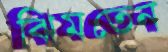
ঝিমতেন